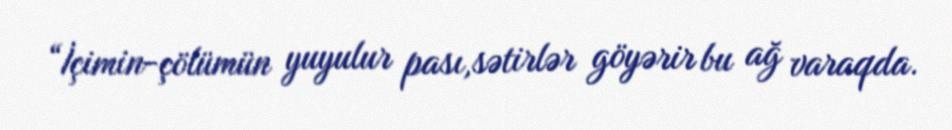
“İçimin-çölümün yuyulur pası,sətirlər göyərir bu ağ varaqda.